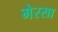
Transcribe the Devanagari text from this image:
मेरसा